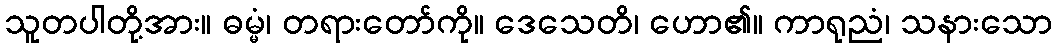
သူတပါတို့အား။ ဓမ္မံ၊ တရားတော်ကို။ ဒေသေတိ၊ ဟော၏။ ကာရုညံ၊ သနားသော